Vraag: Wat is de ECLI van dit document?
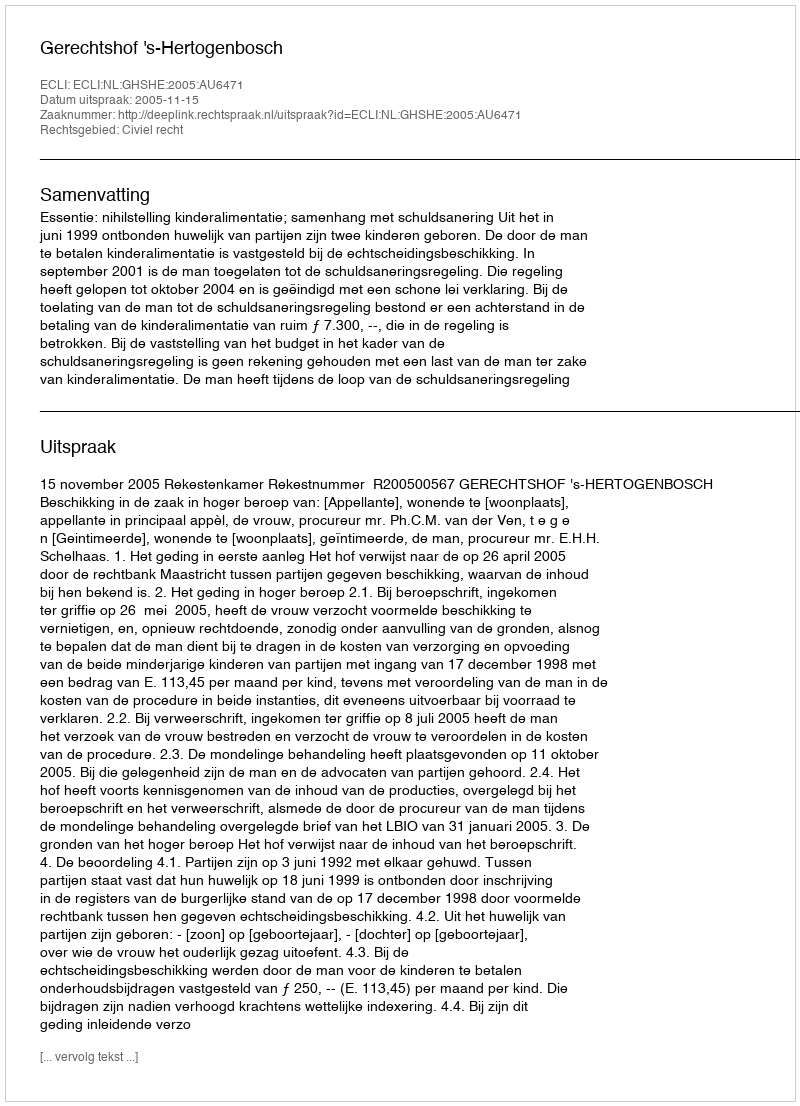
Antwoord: ECLI:NL:GHSHE:2005:AU6471